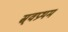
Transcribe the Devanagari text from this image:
स्र्वप्रथम